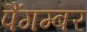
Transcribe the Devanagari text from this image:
पैंगम्‍बर